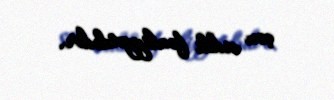
çox ciddi fəaliyyətdədir.